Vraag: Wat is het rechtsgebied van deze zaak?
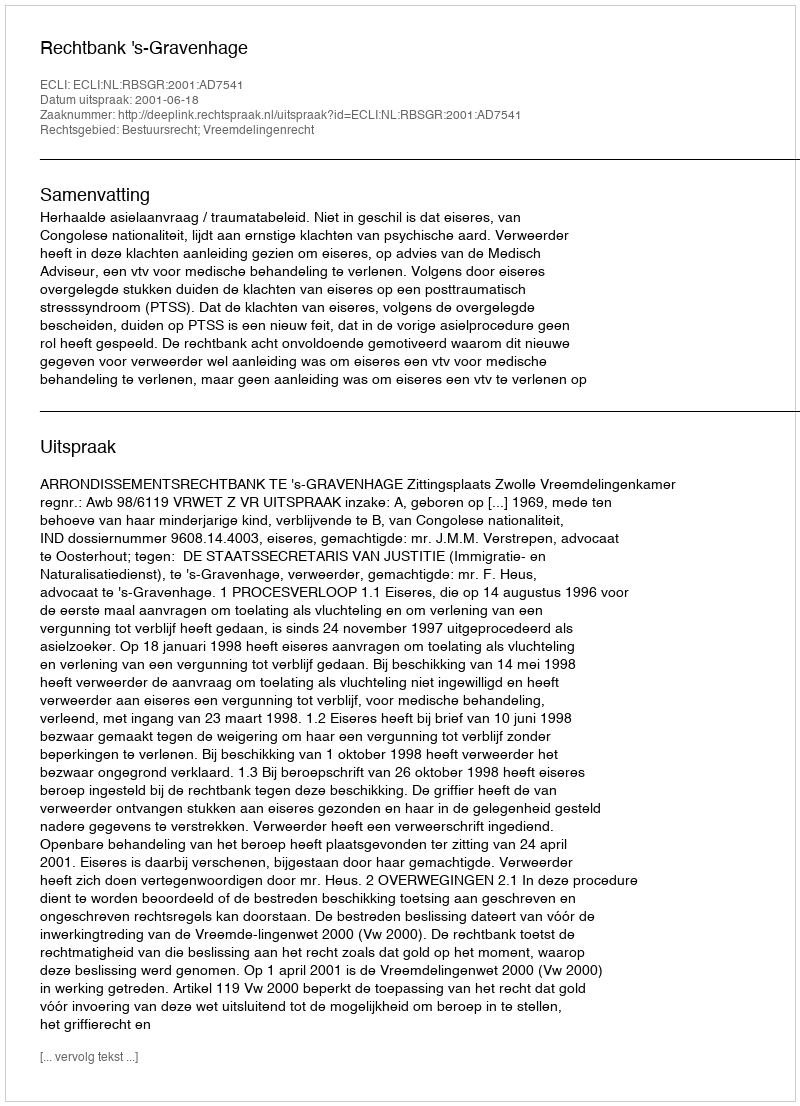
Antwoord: Bestuursrecht; Vreemdelingenrecht